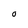
Character: 0